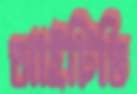
আইটিভি